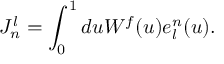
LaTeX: { \cal J } _ { n } ^ { l } = \int _ { 0 } ^ { 1 } d u { \cal W } ^ { f } ( u ) e _ { l } ^ { n } ( u ) .